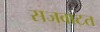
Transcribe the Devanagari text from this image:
सजवाटत